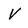
Character: V